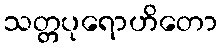
သတ္တပုရောဟိတော